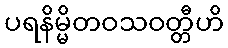
ပရနိမ္မိတဝသဝတ္တီဟိ